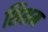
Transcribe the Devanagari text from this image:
शिशम